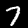
Label: 7